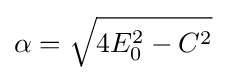
\alpha ={\sqrt {4E_{0}^{2}-C^{2}}}